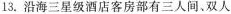
13.沿海三星级酒店客房部有三人间、双人